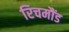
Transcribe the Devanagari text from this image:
रिचमौंड